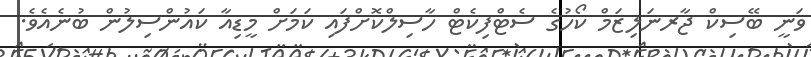
ވަނީ ބޭސިކް ޖާރނަލިޒަމް ކޯހުގެ ސެޓްފިކެޓް ހާސިލްކޮށްފައި ކަމަށް މީޑިއާ ކައުންސިލުން ބުނެއެވެ.